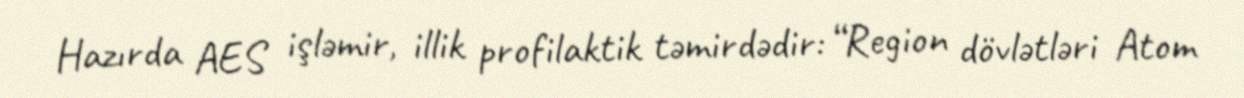
Hazırda AES işləmir, illik profilaktik təmirdədir: “Region dövlətləri Atom